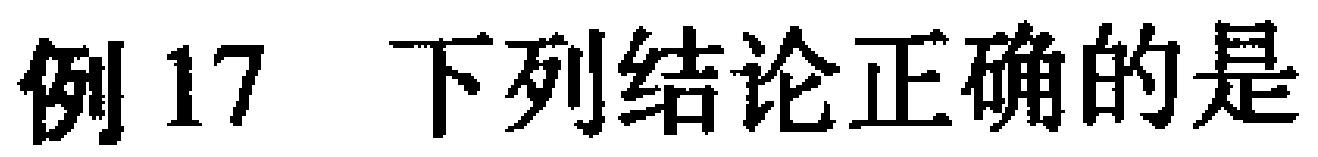
例17 下列结论正确的是